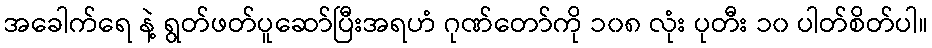
အခေါက်ရေ နဲ့ ရွတ်ဖတ်ပူဆော်ပြီးအရဟံ ဂုဏ်တော်ကို ၁၀၈ လုံး ပုတီး ၁၀ ပါတ်စိတ်ပါ။